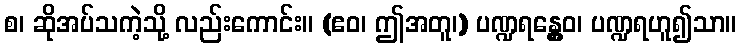
စ၊ ဆိုအပ်သကဲ့သို့ လည်းကောင်း။ (ဧဝ၊ ဤအတူ၊) ပဏ္ဍရန္တွေဝ၊ ပဏ္ဍရဟူ၍သာ။